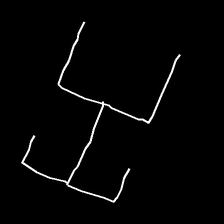
Glyph: entwine